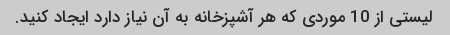
لیستی از 10 موردی که هر آشپزخانه به آن نیاز دارد ایجاد کنید.